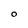
Character: O